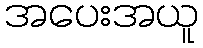
အပေးအယူ